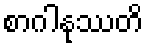
စာဂါနုဿတိ